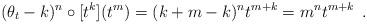
LaTeX: \begin{align*} (\theta_t-k)^n\circ [t^k](t^m)=(k+m-k)^nt^{m+k}=m^nt^{m+k} \enspace.\end{align*}